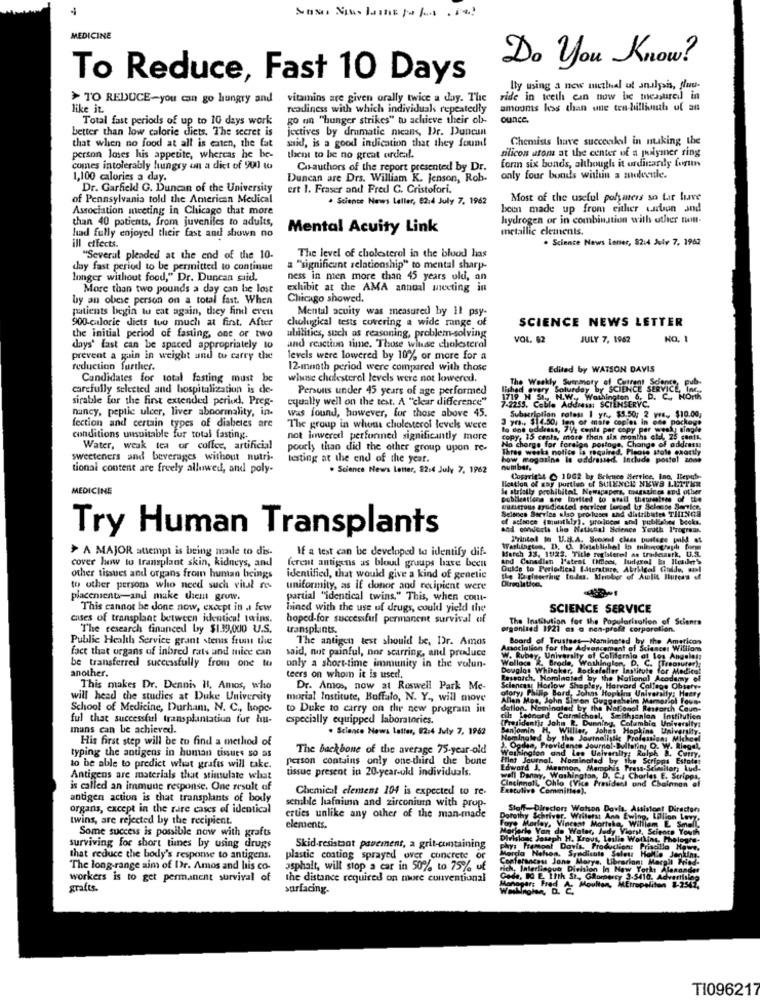
MEDICINE
Do you Know?
To Reduce, Fast 10 Days
By using a new methel ut analysis, fluu-
> TO REDUCE-you can go hungry and
vitamins are given orally twice a day. The
ride in teeth can now be measured in
like it.
readiness with which individuals repeatedly
amooms kos than une ten-billinuth of an
Total fast periods of up to 10 days work
go on "hunger strikes" to achieve their ob-
ounce.
better than low calorie diets. The secret is
jectives by dramatic means, Dr. Duncan
that when no food at all is eaten, the fat
Chemists have succcekel in nuking the
said, is a good indication that they found!
silicon utom at the center of a polymer ring
person loses his appetite, whereas he be-
them to be no great ordeal.
comes intolerably hungry on a dict of 901 to
Co-authors of the report presented by Dr.
form six bonds, although it ordinarily forun
1,100 calories a day.
Duncan are Drs. William K. Jenson, Rob-
only four bonds within a molecule.
Dr. Garfield G. Duncan of the University
ert 1. Fraser and Fred C. Cristofori.
of Pennsylvania told the American Medical
. Science News Leller, 02:4 July 7, 1962
Most of the useful polymers so far live
Association meeting in Chicago that more
been made up from either carton and
than 40 patients, from juveniles to adults,
hydrogen or in combination with other non-
Mental Acuity Link
metallic elements.
had fully enjoyed their fast and shown no
. Science News Lener, 82:4 July 7, 1962
ill effects.
"Several pleaded at the end of the 10.
The level of cholesterol in the blood has
day fast period to be permitted to continue
a "significunt relationship" to mental sharp-
longer without food," Dr. Duncan suid.
ness in men more than 45 years old, an
More than two pounds a day can be lost
exhibit at the AMA annual meeting in
by an obese person on a total fast. When
Chicago showed.
patients begin to eat again, they find eren
Mental acuity was measured by il psy-
900-calorie diets tuo much at first, After
cholgical tests covering a wide range of
SCIENCE NEWS LETTER
the initial period of fasting, one or two
abilities, such as reasoning, problem-solving
and reaction time. Those whuse cholesterol
VOL. 82
JULY 7, 1962
NO.
days' fast can be spaced appropriately 10
prevent a gain in weight und to carry the
levels were lowered by 10% or more for a
reduction further.
12-month period were compared with those
Edited by WATSON DAVIS
Candidates for total fasting must be
whose cholesterol levels were not lowered.
carefully selected and hospitalization is de-
Persons under 45 years of age performed
lished every Saturday by SCIENCE SERVICE, Inc
The Weekly Summary of Current Science, Bub.
ENCE S
sirable for the first extended period. Pres-
equally well on the test. A "clear difference"
1719 N St ., N.W ., Washington 6, D. C ., North
7-2255. Cable Address: SCIENSERYC.
nancy, peptic ulcer, liver abnormality, in-
was found, however, for those above 45.
3 yrs .. $14.50, ton of mate copies in one package
Subscription rates: 1 yr ., $3.50; 2 w ... $10.00,
fection and certain types of diabetes are
The group in whena cholesterol levels were
to one oddress, 71/2 cents per copy per weeky single
conditions unsuitable for total fasting.
not inwered performned significantly more
copy, 15 cents, more than six months etd. 25 cents.
No charge for foreign postage, Change of address:
Water, weak tea or coffee, artificial
pourly than did the other group upon re-
Three weeks notice is required. Please stole exactly
sweeteners and beverages without nutri-
testing at the end of the year.
how magazine is addressed. Include postal zone
tional content are freely allowed, and poly-
. Science News Letter, 22:4 July 7, 1962
number,
Ilcation of gay porties of SULENCE NEWS LETTER
Copyright ( 1962 by Seience Merrice, Ina. Ilepqb-
MEDICINE
le strfolly prohibited. Newspapers, magsaices and other
publications are Invited to oral theurgisee of the
MuEleTous syndicated services luced Uf Selease Servier.
Selones Service also pro bases and distributes THINGS
of science (multkly), produces and publides becks.
Try Human Transplants
and conducta the National Science Youth Programs.
Printel in U.S.A. Scound clas puitses pl as
› A MAJOR attempt is being made to dis-
If a test can be developed to identify dif-
March 33, 19/23. Title registerel as tradesserk, U.S.
Washington, D. U. Ketablishel In monograph form
cover hew to transplant skin, kidneys, and
ferent antigens as bloud grups have been
And Canadian Patent Cices, Judexal in Reader's
Oulde to Periodical Isterstare, Abrilcal Guide, sel
other tissues and organs from human beings
identified, that would give a kind of genetic
Direglatica.
to other persons who need such vital re-
uniformity, as if donor and recipient were
placenients-and make tient gruw.
partial "identical twins." This, when cont-
This cannot be done now, except in .I few
hined with the use uf drugs, could yield the
SCIENCE SERVICE
cases of transplant between identical twins.
hoped-for successful permanent survival of
The Institution for the Popularisation of Science
The research financed by $1.39,000 U.S.
transplints.
rgonized 1921 as a non-profit corporation.
Public Health Service grant stems from the
The antigen test should be, Dr. Amas
Board of Trustees Naminoted by the Americon
fact that organs of inbred rats and mice can
said, not painful, nor scarring, and produce
Amoclalion for the Advancement of
Ciasce: Williom
be transferred successfully from one tu
Wolloca
W. Rubey, University of California at los Angeles:
Brode, Washing
on, D. C
another.
only a short-time immunity in the volun-
Douglas Whitaker, Rockefeller Iny
lar Institute for Medico!
teers on whom it is used !.
Research, Hominated by the National
codamy of
This makes Dr. Dennis H, Amos, who
Dr. Amos, now at Roswell Park Me-
atory, Philip Bord, Johns Hopkins University: Harry
Sciences: Horlow Shopley, Harvard Co
will head che studies at Duke University
morial Institute, Buffalo, N. Y ., will move
Allen Mos, John Simon Ouagachein
agesheim Mamariol Toune
School of Medicine, Durham, N. C ., hope-
to Duke to carry on the new program int
dation. Nominated by the Noconol Research Coun-
ful that successful transplantation fur liu-
especially equipped laboratories.
cil: Lednord Carmichael, Smithsonian Institution
residents John R. Dunning
Columbia University:
mans can be achieved.
. Science News Letter, 02:4 July 7, 1962
Banjomin H, Willier, Johns Hopk
His first step will be to find a method of
Nominaled by the Jovmallslig
lesions Michael
typing the antigens in human tissues so as
The backbone of the average 75-year-old
Washington and Les University; Ralph &. Cu
3. Ogden, Providence Journal-Bulletiny D. W. Riegel,
person contains only one-third the bone
Ffint Journal. Nominalad by ile 5
ripps Esto
to be able to predict what grafts will take.
tissue present in 20-year-ukl individuals.
Edward J. Mesmon, Memphis Press-S.
Antigens are materials that stimulate what
well Danny, Washington, D. C.a Charles E. Scripps
Cincinnati Chlo (Vice President and Ch
is called an immune response. One result of
Chemical clement 104 is expected to re-
Executive Committee).
antigen action is that transplants of body
semble hafniun and zirconium with prop-
organs, except in the rare cases of identical
Stoff-Direcion Watson Davis, Assis
ont Directors
twins, are rejected by the recipient.
erties unlike any other of the man-made
Faye Marley, Vincent Morteka, William E Small
Dorothy Schriver. Writetst Ans Ewing, billion Ley
elements.
dorferis Yon de Water, Jedy Vloryl, Science Youth
Some success is possible now with grafts
Divislons Joseph H. Krous, Leslie Working. Thelone
surviving for short tines by using drugs
Skid-resistant pavement, a grit-containing
Mercla Nelson, Syndicate Salou
Wys Fremont Davis, Production: Priscilla Hawe,
that reduce the body's response to antigens.
plastic coating sprayed over concrete or
Conferanceus Jons Marys, Librarion: Margit Hled-
Sollte Jenki
The long-range aim of Dr. Amos and his co-
asphalt, will stop a car in 50% to 75% of
rich, Interlingua Division In New Yorks Alanander
Rorpercy 3-5410. Ad
workers is to get permanent survival of
the distance required on more conventional
Code, IO E 11th St ., Glon
grafts.
surfacing.
Moulton,
MErropeliten
TI096217